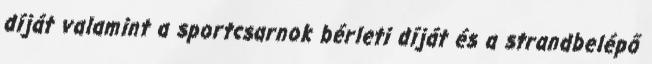
díját valamint a sportcsarnok bérleti díját és a strandbelépő